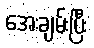
အေးချမ်းပြီး